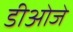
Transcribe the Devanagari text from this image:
डीओजे